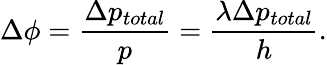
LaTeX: \Delta\phi=\frac{\Delta p_{total}}{p}=\frac{\lambda\Delta p_{total}}{h}.